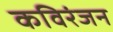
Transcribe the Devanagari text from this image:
कविरंजन